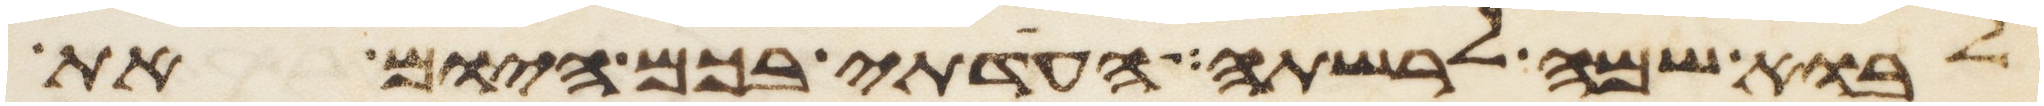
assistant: לבוא שמה לרשתה העדתי בכם היום את